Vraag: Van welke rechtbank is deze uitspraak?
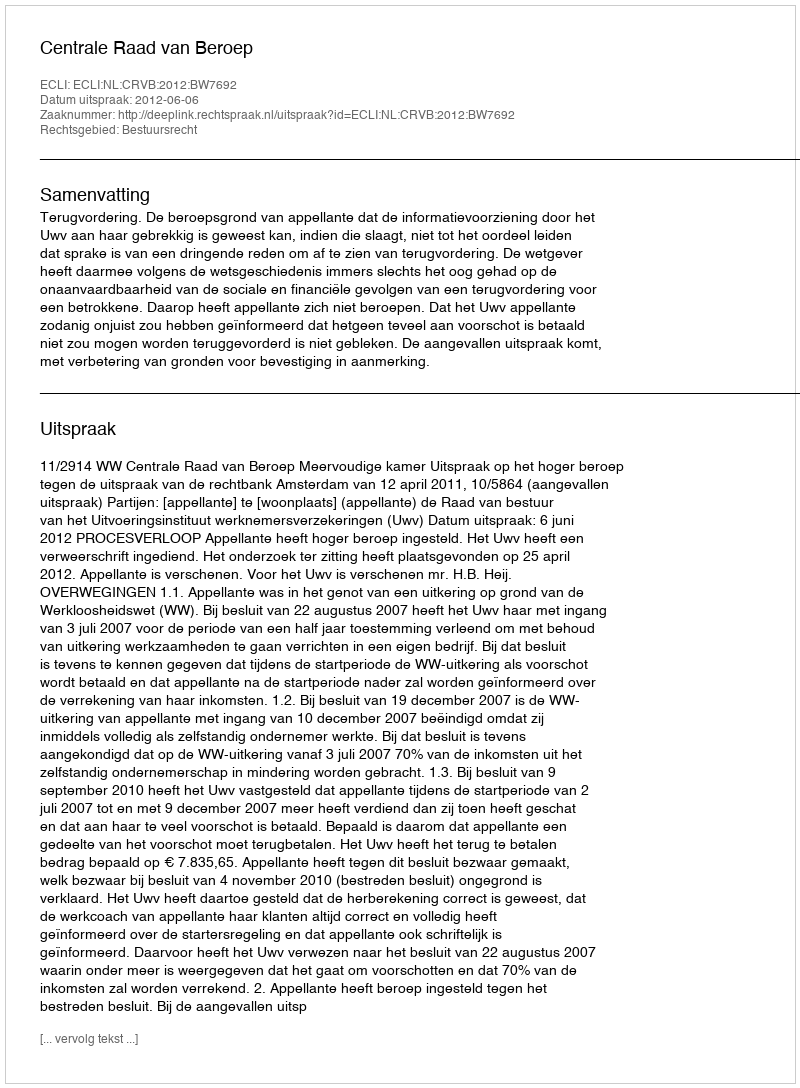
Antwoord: Centrale Raad van Beroep